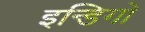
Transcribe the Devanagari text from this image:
इन्डिगो